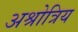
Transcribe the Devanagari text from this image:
अश्रोत्रिय